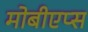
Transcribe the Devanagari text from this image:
मोबीएप्स